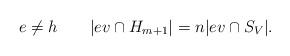
LaTeX: \begin{align*} e\ne h\qquad|ev\cap H_{m+1}|=n|ev\cap S_V|. \end{align*}